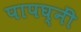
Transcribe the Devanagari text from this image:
पापघ्नीं